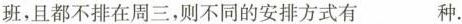
班，且都不排在周三，则不同的安排方式有___种。